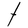
Character: t